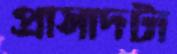
প্রাসাদটা